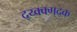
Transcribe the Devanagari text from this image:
द्य्क्क्ग्द्क